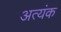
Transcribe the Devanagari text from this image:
अत्यंक